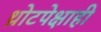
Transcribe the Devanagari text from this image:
थ्रोटपेक्षाही